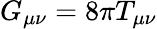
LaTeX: G_{\mu\nu}=8\pi T_{\mu\nu}